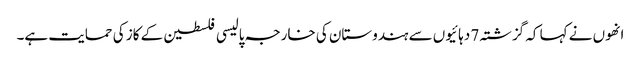
انھوں نے کہا کہ گزشتہ 7 دہائیوں سے ہندوستان کی خارجہ پالیسی فلسطین کے کاز کی حمایت ہے۔